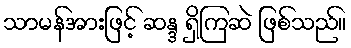
သာမန်အားဖြင့် ဆန္ဒ ရှိကြဆဲ ဖြစ်သည်။